画像に写った文字を読んでください
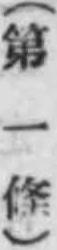
「(第一條)」と書いてあります